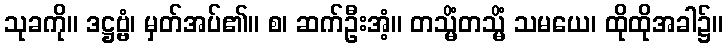
သုခကို။ ဒဋ္ဌဗ္ဗံ၊ မှတ်အပ်၏။ စ၊ ဆက်ဦးအံ့။ တသ္မိံတသ္မိံ သမယေ၊ ထိုထိုအခါ၌။